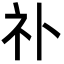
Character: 䃼